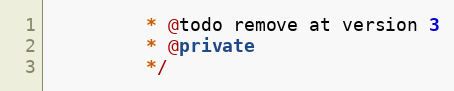
Language: JavaScript
		 * @todo remove at version 3
		 * @private
		 */